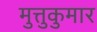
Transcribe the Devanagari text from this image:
मुत्तुकुमार